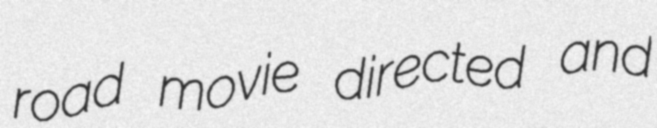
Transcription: road movie directed and